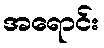
အရောင်း